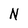
Character: N